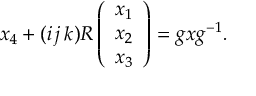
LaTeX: x _ { 4 } + ( i \, j \, k ) R \left( \begin{array} { c } { { x _ { 1 } } } \\ { { x _ { 2 } } } \\ { { x _ { 3 } } } \end{array} \right) = g x g ^ { - 1 } .